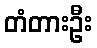
တံတားဦး